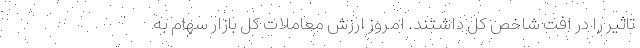
تاثیر را در افت شاخص کل داشتند. امروز ارزش معاملات کل بازار سهام به